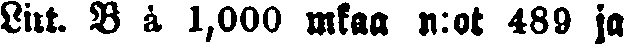
Lirt. B à 1,000 mkaa n:ot 489 ja